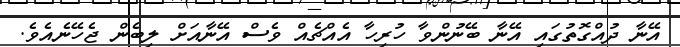
އޭނާ ދުއްގޮތުގައި އޭނާ ބޭނުންވާ ހުރިހާ އެއްޗެއް ވެސް އޭނާއަށް ލިބެން ޖެހޭނެއެވެ.